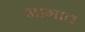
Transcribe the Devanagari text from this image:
भांगात